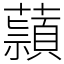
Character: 蘏